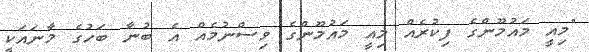
"މިއީ މައުމޫންގެ ފިކުރެއް މިއީ މައުމޫންގެ ވިސްނުމެއް އެ ބުނާ ބަހުގެ މާނައަކީ